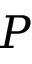
P